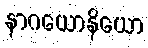
နာဂယောနိယော